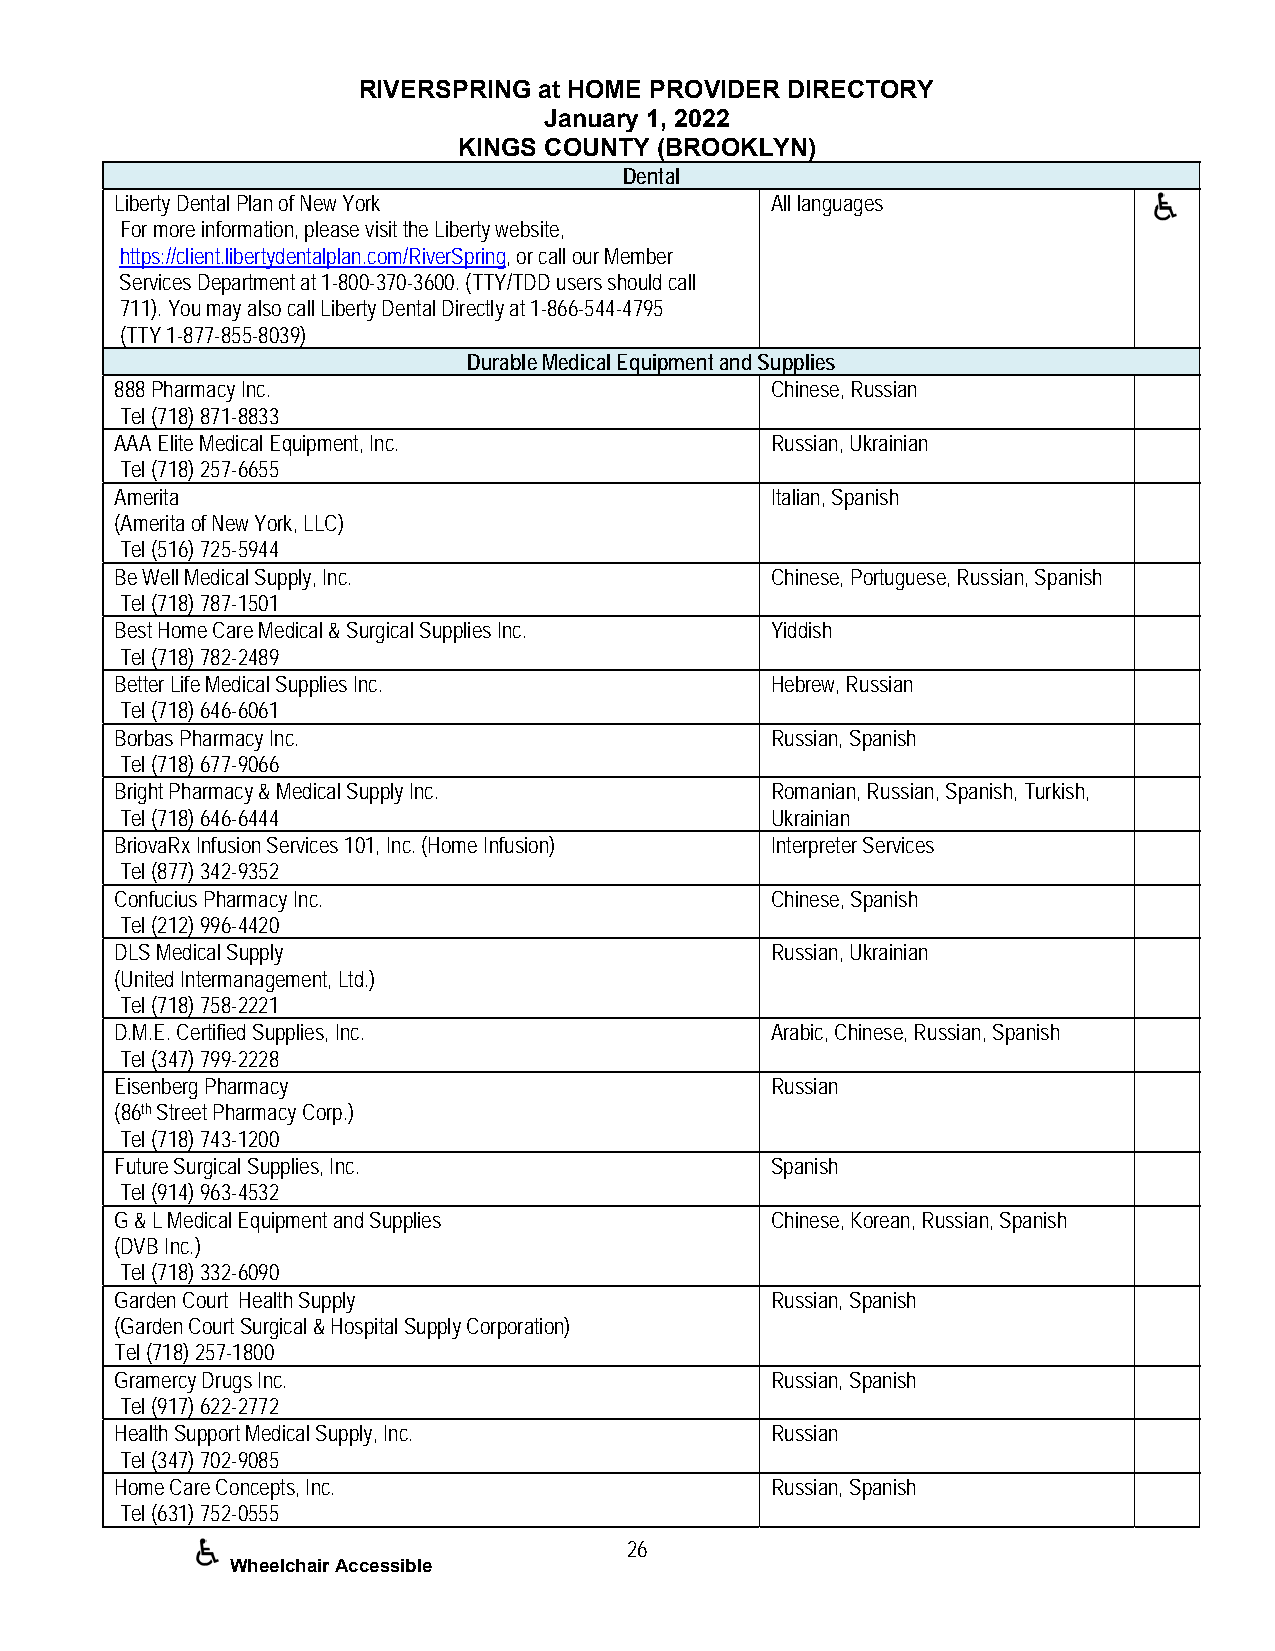
RIVERSPRING at HOME PROVIDER DIRECTORY
 January 1, 2022
 KINGS COUNTY (BROOKLYN)
 Dental
 Liberty Dental Plan of New York            All languages
 For more information, please visit the Liberty website,
 https://client.libertydentalplan.com/RiverSpring, or call our Member
 Services Department at 1-800-370-3600. (TTY/TDD users should call
 711). You may also call Liberty Dental Directly at 1-866-544-4795
 (TTY 1-877-855-8039)
 Durable Medical Equipment and Supplies
 888 Pharmacy Inc.                          Chinese, Russian
 Tel (718) 871-8833
 AAA Elite Medical Equipment, Inc.          Russian, Ukrainian
 Tel (718) 257-6655
 Amerita                                    Italian, Spanish
 (Amerita of New York, LLC)
 Tel (516) 725-5944
 Be Well Medical Supply, Inc.               Chinese, Portuguese, Russian, Spanish
 Tel (718) 787-1501
 Best Home Care Medical & Surgical Supplies Inc. Yiddish
 Tel (718) 782-2489
 Better Life Medical Supplies Inc.          Hebrew, Russian
 Tel (718) 646-6061
 Borbas Pharmacy Inc.                       Russian, Spanish
 Tel (718) 677-9066
 Bright Pharmacy & Medical Supply Inc.      Romanian, Russian, Spanish, Turkish,
 Tel (718) 646-6444                         Ukrainian
 BriovaRx Infusion Services 101, Inc. (Home Infusion) Interpreter Services
 Tel (877) 342-9352
 Confucius Pharmacy Inc.                    Chinese, Spanish
 Tel (212) 996-4420
 DLS Medical Supply                         Russian, Ukrainian
 (United Intermanagement, Ltd.)
 Tel (718) 758-2221
 D.M.E. Certified Supplies, Inc.            Arabic, Chinese, Russian, Spanish
 Tel (347) 799-2228
 Eisenberg Pharmacy                         Russian
 (86th Street Pharmacy Corp.)
 Tel (718) 743-1200
 Future Surgical Supplies, Inc.             Spanish
 Tel (914) 963-4532
 G & L Medical Equipment and Supplies       Chinese, Korean, Russian, Spanish
 (DVB Inc.)
 Tel (718) 332-6090
 Garden Court Health Supply                 Russian, Spanish
 (Garden Court Surgical & Hospital Supply Corporation)
 Tel (718) 257-1800
 Gramercy Drugs Inc.                        Russian, Spanish
 Tel (917) 622-2772
 Health Support Medical Supply, Inc.        Russian
 Tel (347) 702-9085
 Home Care Concepts, Inc.                   Russian, Spanish
 Tel (631) 752-0555
 26
 Wheelchair Accessible